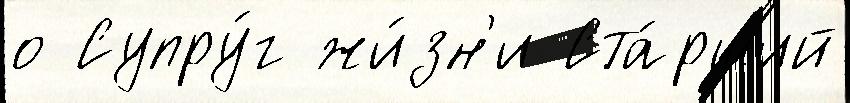
о Супру́г жи́зн'и Ста́рший